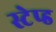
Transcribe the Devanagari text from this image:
स्टेप्ड